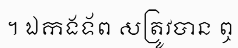
។ ឯកងទ័ព សត្រូវបាន ឮ